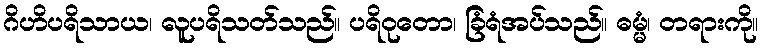
ဂိဟိပရိသာယ၊ လူပရိသတ်သည်။ ပရိဝုတော၊ ခြံရံအပ်သည်။ ဓမ္မံ၊ တရားကို။